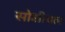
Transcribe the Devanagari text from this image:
सोशीयल